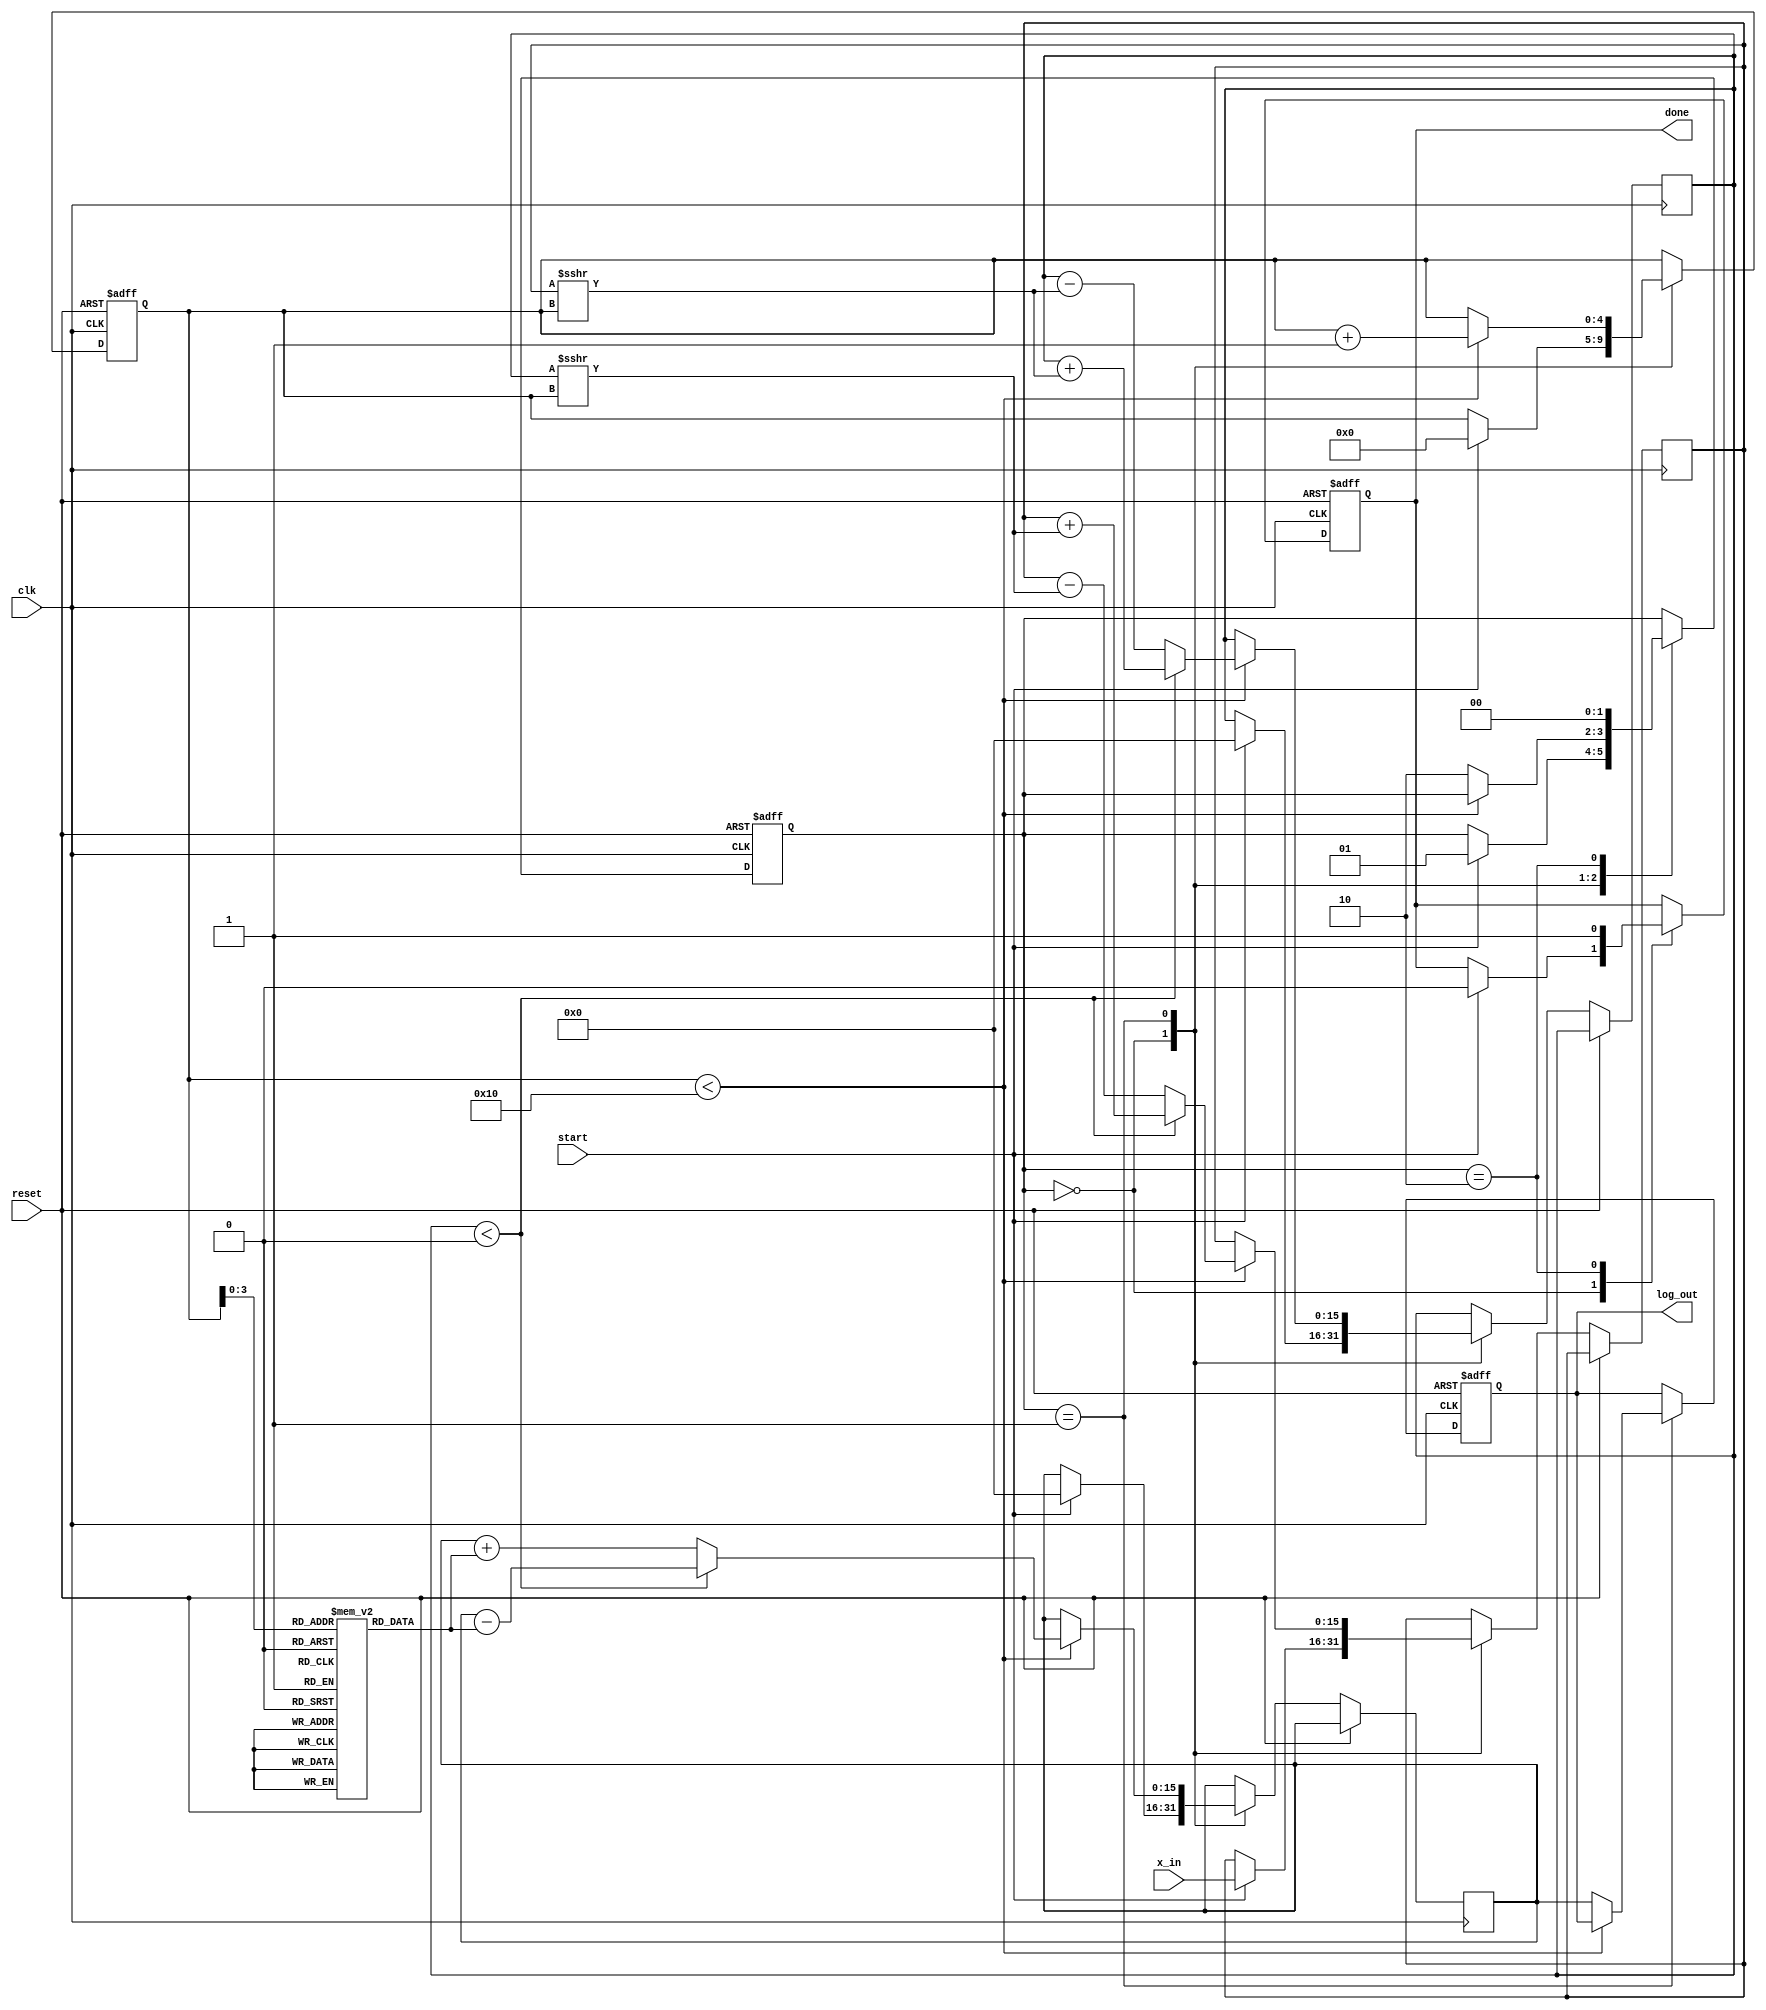
module cordic_logarithm (
    input  wire clk,                // Clock signal
    input  wire reset,              // Reset signal
    input  wire [15:0] x_in,        // Input value (fixed-point)
    input  wire start,              // Start calculation signal
    output reg [15:0] log_out,      // Output logarithm (fixed-point)
    output reg done                 // Done signal
);

    // Parameters
    parameter NUM_ITERATIONS = 16;  // Number of iterations
    parameter ANGLE_WIDTH = 16;      // Width for angle representation

    // CORDIC Angle Table (arctangent values)
    reg [ANGLE_WIDTH-1:0] atan_table [0:NUM_ITERATIONS-1];
    
    // Internal Signals
    reg [15:0] x;                    // X component
    reg [15:0] y;                    // Y component
    reg [15:0] z;                    // Z component (angle for rotation)
    reg [4:0] iteration;             // Iteration counter
    reg [1:0] state;                 // FSM state
    localparam IDLE = 2'b00, PROCESS = 2'b01, DONE = 2'b10;

    // Initialization of atan_table
    initial begin
        atan_table[0] = 16'h1C71; // atan(1) * 2^16
        atan_table[1] = 16'h0B72; // atan(0.5) * 2^16
        atan_table[2] = 16'h05A8; // atan(0.25) * 2^16
        // ... Populate remaining values for NUM_ITERATIONS
    end

    // Reset and input normalization
    always @(posedge clk or posedge reset) begin
        if (reset) begin
            state <= IDLE;
            log_out <= 0;
            done <= 0;
            iteration <= 0;
        end else begin
            case (state)
                IDLE: begin
                    if (start) begin
                        x <= x_in;
                        y <= 0;         // Initial Y is 0
                        z <= 0;         // Initial Z is 0
                        iteration <= 0; // Reset iteration counter
                        done <= 0;      // Clear done flag
                        state <= PROCESS;
                    end
                end
                PROCESS: begin
                    if (iteration < NUM_ITERATIONS) begin
                        // CORDIC algorithm step
                        if (y < 0) begin
                            // Y is negative: rotate positively
                            x <= x + (y >>> iteration);
                            y <= y + (x >>> iteration);
                            z <= z - atan_table[iteration];
                        end else begin
                            // Y is positive or zero: rotate negatively
                            x <= x - (y >>> iteration);
                            y <= y - (x >>> iteration);
                            z <= z + atan_table[iteration];
                        end
                        iteration <= iteration + 1;
                    end else begin
                        // Finalize output
                        log_out <= z; // Output the approximated logarithm
                        state <= DONE;
                    end
                end
                DONE: begin
                    done <= 1; // Signal that the calculation is done
                    state <= IDLE; // Go back to idle
                end
            endcase
        end
    end

endmodule